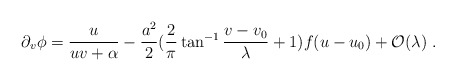
\begin{align*}\partial_v \phi = \frac{u}{u v + \alpha}- \frac{a^2}{2} (\frac{2}{\pi} \tan^{- 1} \frac{v - v_0}{\lambda} + 1) f(u - u_0) + {\cal O}(\lambda) \; .\end{align*}